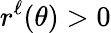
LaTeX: r^{\ell}(\theta)>0